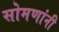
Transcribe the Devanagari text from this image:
सोमणांनी